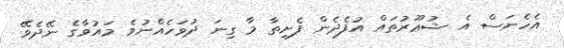
އެހެނަސް އެ ޝުޢޫރުތައް އުފެދެން ފެށިތާ މާ ގިނަ ދުވަހެއްނުވެ މައުވާގެ ނޭދެވޭ